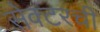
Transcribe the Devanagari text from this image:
सेक्टरची